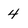
Character: 4